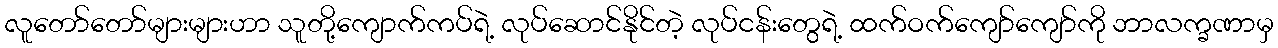
လူတော်တော်များများဟာ သူတို့ကျောက်ကပ်ရဲ့ လုပ်ဆောင်နိုင်တဲ့ လုပ်ငန်းတွေရဲ့ ထက်ဝက်ကျော်ကျော်ကို ဘာလက္ခဏာမှ